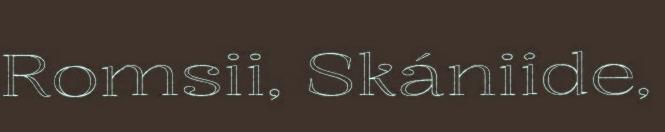
Romsii, Skániide,